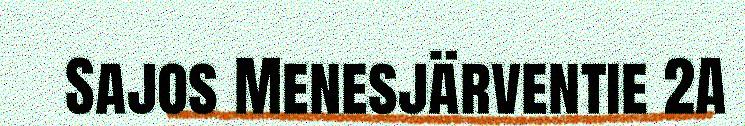
Sajos Menesjärventie 2A